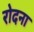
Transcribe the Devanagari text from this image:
रोदना